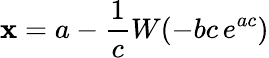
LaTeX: \mathbf{x}=a-{\frac{{1}}{{c}}}W(-bc\, e^{ac})